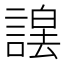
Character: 𮘮